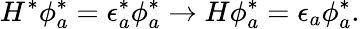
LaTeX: H^{*}\phi_{a}^{*}=\epsilon_{a}^{*}\phi_{a}^{*}\to H\phi_{a}^{*}=\epsilon_{a}\phi_{a}^{*}.